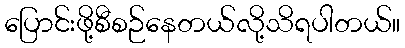
ပြောင်းဖို့စီစဉ်နေတယ်လို့သိရပါတယ်။